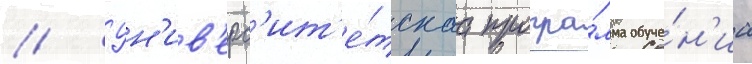
// Ун'ив'ерс'ит'е́тскаа програ́мма обуче́н'иа